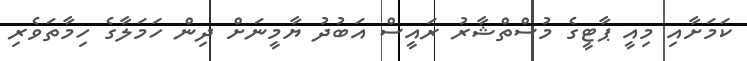
ކަމަށާއި މިއީ ޕާޓީގެ މުސްތްޝާރު ރައީސް އަބުދު ޔާމީނަށް ދިން ހަމަލާގެ ހިމާތަވެރި